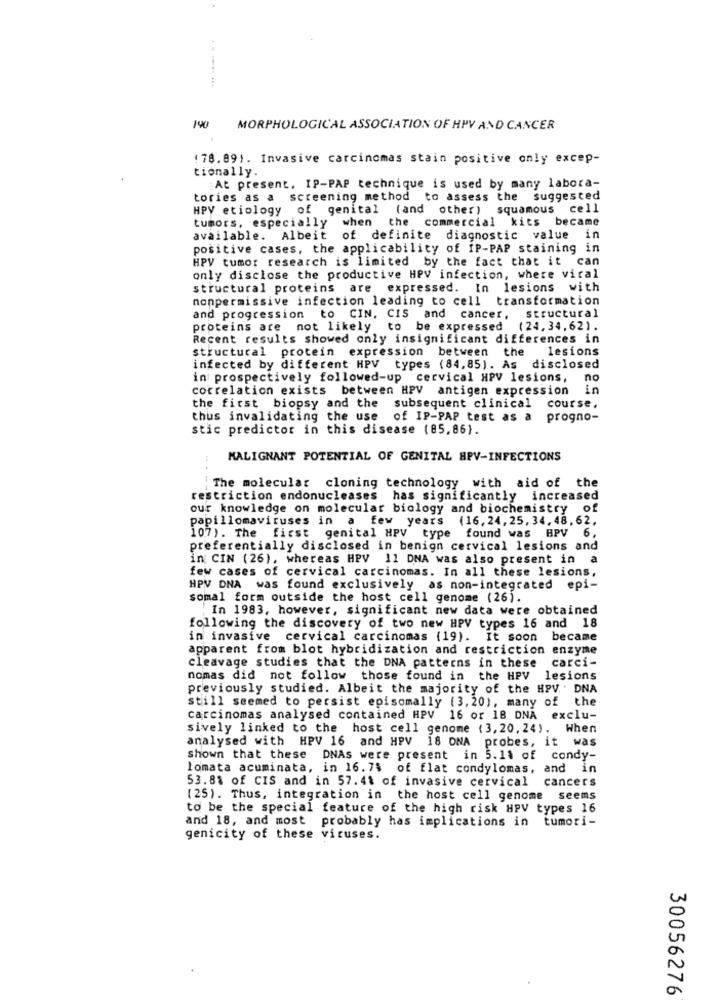
140
MORPHOLOGICAL ASSOCIATION OF HPV AND CANCER
(78.09). Invasive carcinomas stain positive only excep-
tionally.
:At present. IP-PAP technique is used by many labora-
tories as a screening method to assess the suggested
HPV etiology of genital (and other) squamous cell
tumors, especially when the commercial kits became
available. Albeit of definite diagnostic value in
positive cases, the applicability of IP-PAP staining in
HPV tumor research is limited by the fact that it can
only disclose the productive HPV infection, where viral
structural proteins are expressed. In lesions with
nonpermissive infection leading to cell transformation
and progression to CIN. CIS and cancer, structural
proteins are not likely to be expressed (24,34,62).
Recent results showed only insignificant differences in
structural protein expression between the lesions
infected by different HPV types (84,85). As disclosed
in prospectively followed-up cervical HPV lesions, no
correlation exists between HPV antigen expression in
the first biopsy and the
subsequent clinical course,
thus invalidating the use
of IP-PAP test as a progno-
stic predictor in this disease (85,86).
MALIGNANT POTENTIAL OF GENITAL HPV-INFECTIONS
The molecular cloning technology with aid of the
restriction endonucleases has significantly increased
our knowledge on molecular biology and biochemistry of
papillomaviruses in a few years (16,24,25, 34, 48, 62,
107). The first genital HPV type found was HPV
6.
preferentially disclosed in benign cervical lesions and
in CIN (26), whereas HPV 11 DNA was also present in a
few cases of cervical carcinomas. In all these lesions,
HPV DNA was found exclusively as non-integrated epi-
somal form outside the host cell genome (26).
.In 1983, however, significant new data were obtained
following the discovery of two new HPV types 16 and 18
in invasive cervical carcinomas (19). It soon became
apparent from blot hybridization and restriction enzyme
cleavage studies that the DNA patterns in these carci-
nomas did not follow those found in the HPV lesions
previously studied. Albeit the majority of the HPV . DNA
still seemed to persist episomally (3, 20), many of the
carcinomas analysed contained HPV 16 or 18 DNA exclu-
sively linked to the host cell genome (3, 20, 24). When
analysed with HPV 16 and HPV 18 ONA probes, it was
shown that these DNAs were present in 5.11 of condy-
lomata acuminata, in 16.7% of flat condylomas, and in
53.8% of CIS and in 57.41 of invasive cervical cancers
(25). Thus, integration in the host cell genome seems
to be the special feature of the high risk HPV types 16
and 18, and most probably has implications in tumori-
genicity of these viruses.
30056276